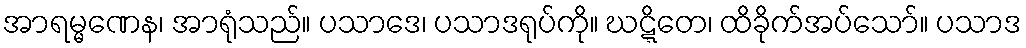
အာရမ္မဏေန၊ အာရုံသည်။ ပသာဒေ၊ ပသာဒရုပ်ကို။ ဃဋ္ဋိတေ၊ ထိခိုက်အပ်သော်။ ပသာဒ